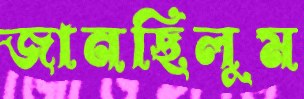
জানছিলুম